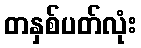
တနှစ်ပတ်လုံး